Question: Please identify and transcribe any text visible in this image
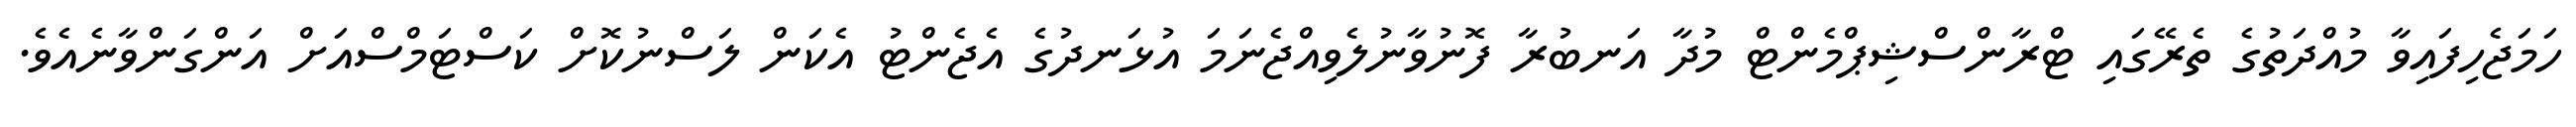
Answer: ހަމަޖެހިފައިވާ މުއްދަތުގެ ތެރޭގައި ޓްރާންސްޝިޕްމެންޓް މުދާ އަނބުރާ ފޮނުވާނުލެވިއްޖެނަމަ އުޅަނދުގެ އެޖެންޓު އެކަން ލަސްނުކޮށް ކަސްޓަމްސްއަށް އަންގަންވާނެއެވެ.